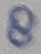
Text: 8